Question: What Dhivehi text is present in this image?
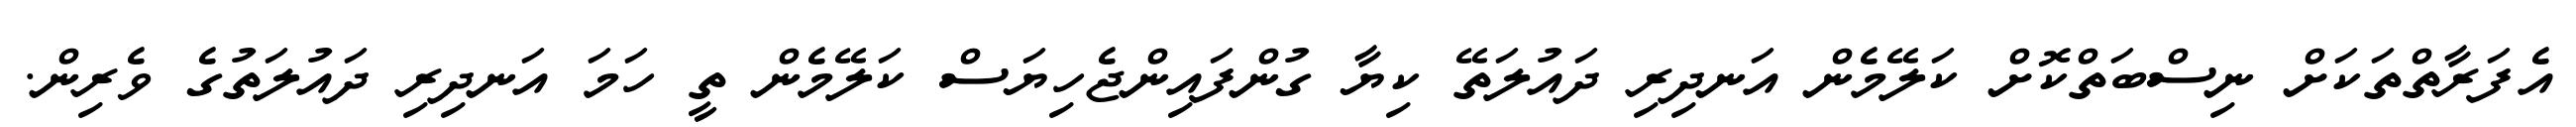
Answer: އެފަރާތްތަކަށް ނިސްބަތްކޮށް ކަލޭމެން އަނދިރި ދައުލަތޭ ކިޔާ ގުންފައިންޖެހިޔަސް ކަލޭމެން ތީ ހަމަ އަނދިރި ދައުލަތުގެ ވެރިން.